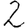
Digit: 2